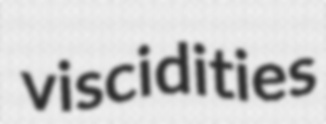
viscidities